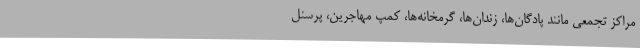
مراکز تجمعی مانند پادگان‌ها، زندان‌ها، گرمخانه‌ها، کمپ مهاجرین، پرسنل